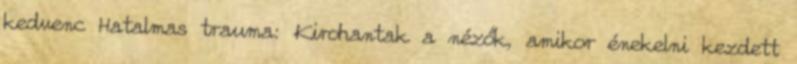
kedvenc Hatalmas trauma: Kirohantak a nézők, amikor énekelni kezdett